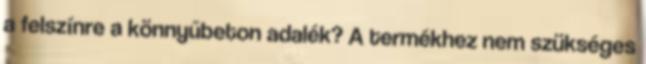
a felszínre a könnyűbeton adalék? A termékhez nem szükséges